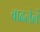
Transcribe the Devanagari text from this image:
वाढलेलं